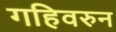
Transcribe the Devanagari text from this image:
गहिवरुन